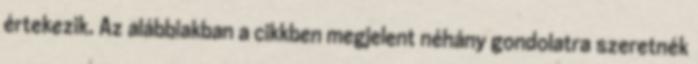
értekezik. Az alábbiakban a cikkben megjelent néhány gondolatra szeretnék